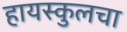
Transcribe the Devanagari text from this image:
हायस्‍कुलचा